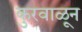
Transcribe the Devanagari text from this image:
कुरवाळून